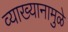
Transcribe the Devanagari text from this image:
व्याख्यानामुळे